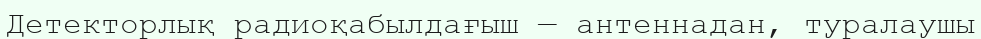
Детекторлық радиоқабылдағыш — антеннадан, туралаушы